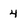
Character: 4